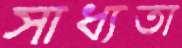
সাধ্যতা